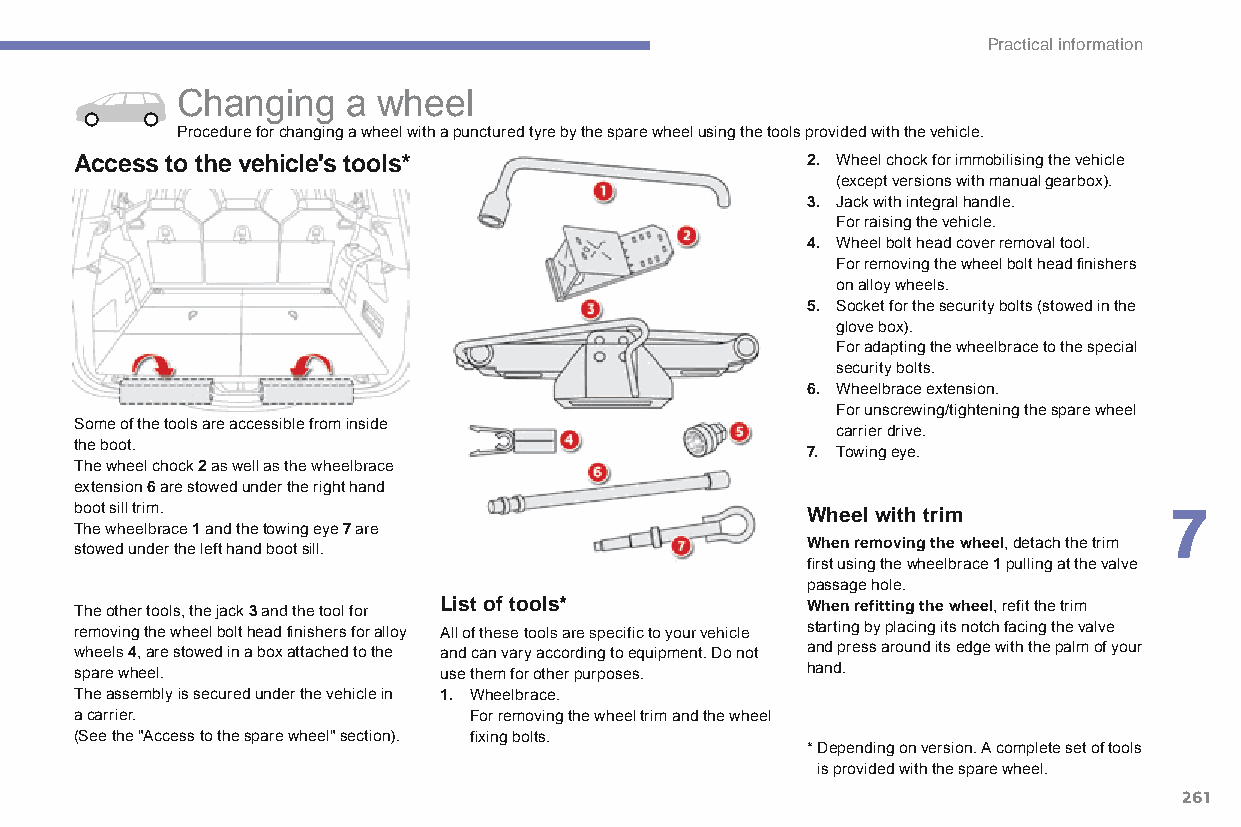
Practical information
 Changing   a wheel
 Procedure for changing a wheel with a punctured tyre by the spare wheel using the tools provided with the vehicle.
 Access to the vehicle's tools*                  2. Wheel chock for immobilising the vehicle
 (except versions with manual gearbox).
 3. Jack with integral handle.
 For raising the vehicle.
 4. Wheel bolt head cover removal tool.
 For removing the wheel bolt head finishers
 on alloy wheels.
 5. Socket for the security bolts (stowed in the
 glove box).
 For adapting the wheelbrace to the special
 security bolts.
 6. Wheelbrace extension.
 For unscrewing/tightening the spare wheel
 Some of the tools are accessible from inside
 carrier drive.
 the boot.
 7. Towing eye.
 The wheel chock 2 as well as the wheelbrace
 extension 6 are stowed under the right hand
 boot sill trim.                                 Wheel with trim         7
 The wheelbrace 1 and the towing eye 7 are
 stowed under the left hand boot sill.           When removing the wheel, detach the trim
 first using the wheelbrace 1 pulling at the valve
 passage hole.
 The other tools, the jack 3 and the tool for List of tools* When refitting the wheel, refit the trim
 removing the wheel bolt head finishers for alloy all of these tools are specific to your vehicle starting by placing its notch facing the valve
 wheels 4, are stowed in a box attached to the and can vary according to equipment. Do not and press around its edge with the palm of your
 spare wheel.            use them for other purposes. hand.
 The assembly is secured under the vehicle in 1. Wheelbrace.
 a carrier.                For removing the wheel trim and the wheel
 (See the "Access to the spare wheel" section). fixing bolts.
 * Depending on version. A complete set of tools
 is provided with the spare wheel.
 261
 C4-Picasso-II_en_Chap07_info-pratiques_ed01-2015